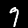
Label: 7